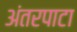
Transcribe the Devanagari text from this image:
अंतरपाटा